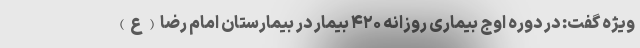
ویژه گفت: در دوره اوج بیماری روزانه ۴۲۰ بیمار در بیمارستان امام رضا(ع)